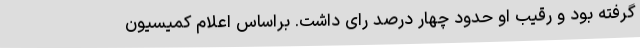
گرفته بود و رقیب او حدود چهار درصد رای داشت. براساس اعلام کمیسیون